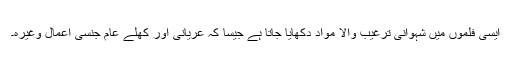
ایسی فلموں میں شہوانی ترغیب والا مواد دکھایا جاتا ہے جیسا کہ عریانی اور کھلے عام جنسی اعمال وغیرہ۔